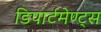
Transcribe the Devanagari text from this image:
डिपार्टमेण्ट्स